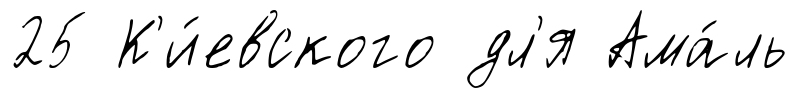
25 К'и́евского дл'я Ама́ль